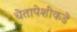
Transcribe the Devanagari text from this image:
चेतापेशींकडे